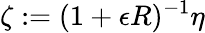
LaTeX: \zeta:=(1+\epsilon R)^{-1}\eta